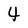
Character: 4